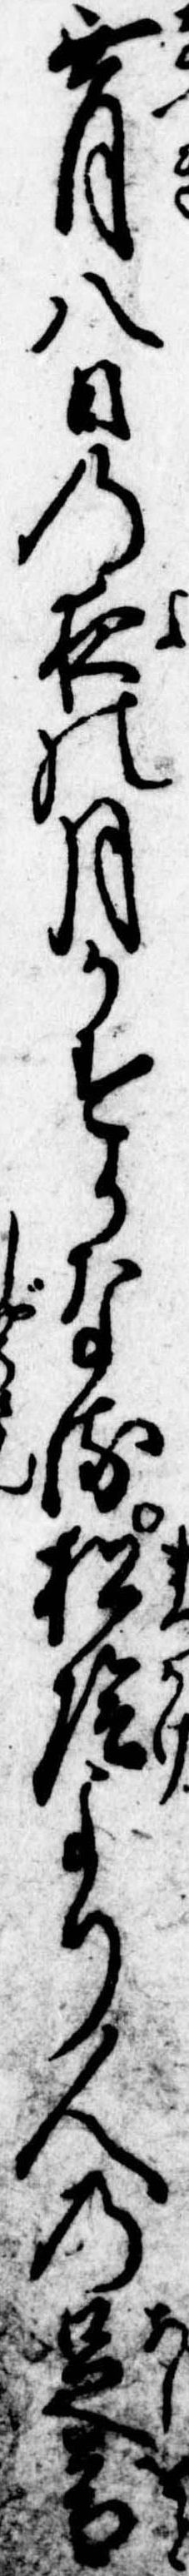
無月八日の夜の月かすかなる松陰より人の足音